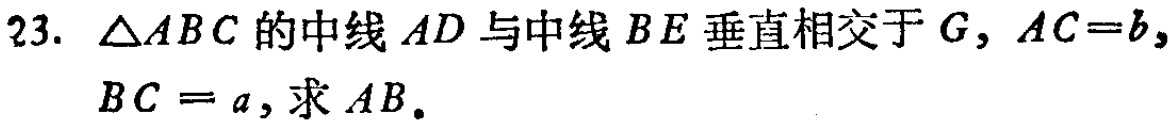
23. $\triangle ABC$的中线$AD$与中线$BE$垂直相交于$G$，$AC = b$，$BC = a$，求$AB$。